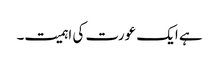
ہے ایک عورت کی اہمیت۔